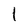
Character: 1